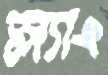
স্ল্যাং